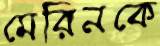
মেরিনকে